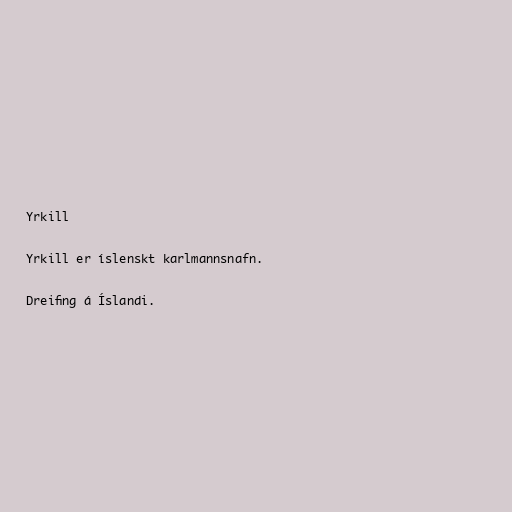
Yrkill

Yrkill er íslenskt karlmannsnafn.

Dreifing á Íslandi.